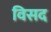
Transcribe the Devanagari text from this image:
विसद